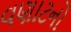
વણાટનો